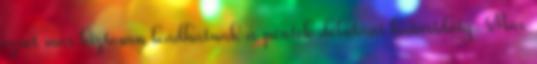
ezret már biztosan leadhatnak a péntek délutáni határidőig. Már